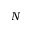
N